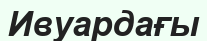
Ивуардағы